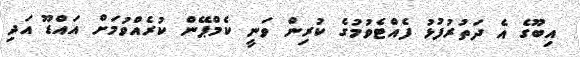
އިބޫގެ އެ ދަތުރުފުޅު ފެއްޓެވުމުގެ ކުރިން ވަނީ ކެމްޕޭން ކުރެއްވުމަށް އައްޑޫ އަދި